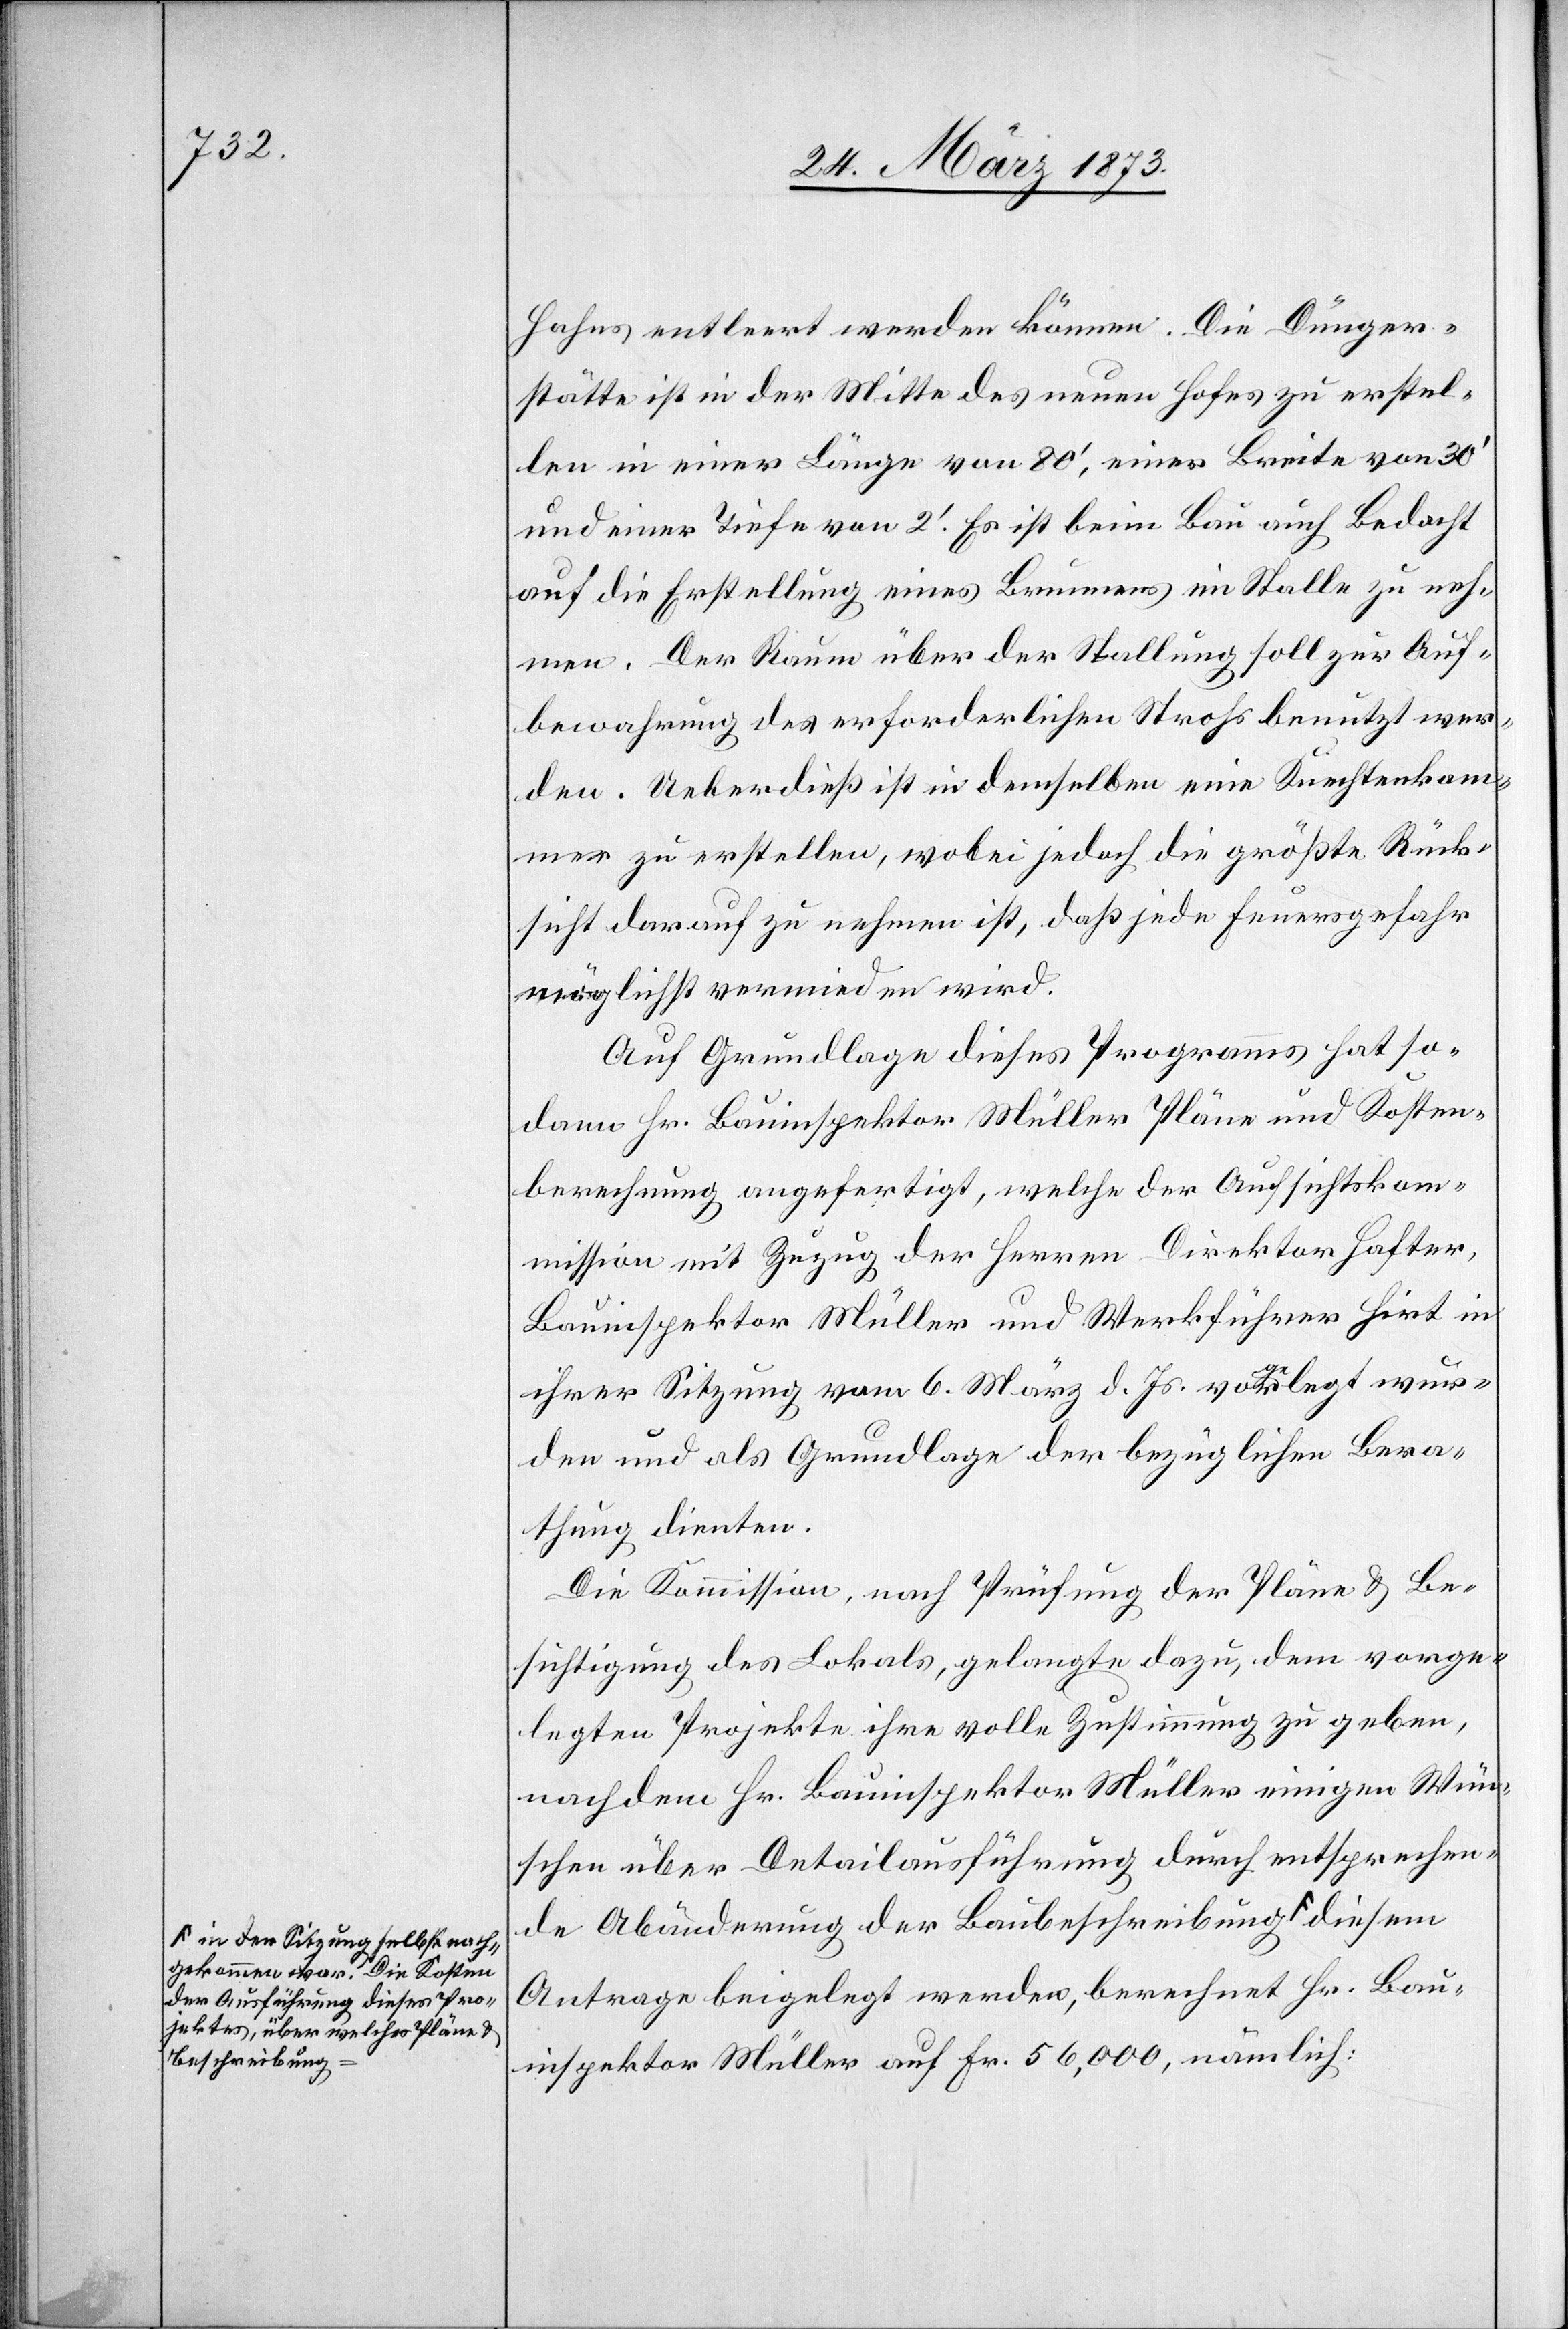
n der Sitzung selbst nach¬
gekommen war. Die Kosten
der Ausführung dieses Pro¬
jektes, über welches Pläne u.
Beschreibung-a

Hahns entleert werden können. Die Dünger¬
stätte ist in der Mitte des neuen Hofes zu erstel¬
len in einer Länge von 80’, einer Breite von 30’
und einer Tiefe von 2’. Es ist beim Bau auch Bedacht
auf die Erstellung eines Brunnens im Stalle zu neh¬
men. Der Raum über der Stallung soll zur Auf¬
bewahrung des erforderlichen Strohs benutzt wer¬
den. Ueberdieß ist in demselben eine Knechtenkam¬
mer zu erstellen, wobei jedoch die größte Rück¬
sicht darauf zu nehmen ist, daß jede Feuersgefahr
möglichst vermieden wird.
Auf Grundlage dieses Programms hat so¬
dann Hr. Bauinspektor Müller Pläne und Kosten¬
berechnung angefertigt, welche der Aufsichtskom¬
mission mit Zuzug der Herren Direktor Hafter,
Bauinspektor Müller und Werkführer Hirt in
ihrer Sitzung vom 6. März d. Js. vorgelegt wur¬
den und als Grundlage der bezüglichen Bera¬
thung dienten.
Die Kommission, nach Prüfung der Pläne u. Be¬
sichtigung des Lokals, gelangte dazu, dem vorge¬
legten Projekte ihre volle Zustimmung zu geben,
nachdem Hr. Bauinspektor Müller einigen Wün¬
schen über Detailausführung durch entsprechen¬
de Abänderung der Baubeschreibung a-i¬
Antrage beigelegt werden, berechnet Hr. Bau¬
inspektor Müller auf Fr. 56,000, nämlich: